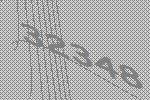
32348